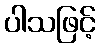
ပါသဖြင့်